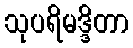
သုပရိမဒ္ဒိတာ